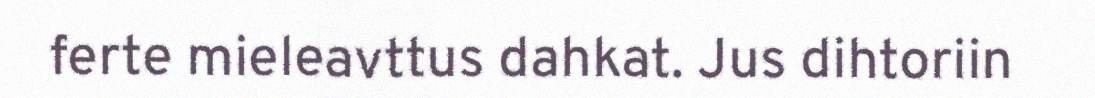
ferte mieleavttus dahkat. Jus dihtoriin